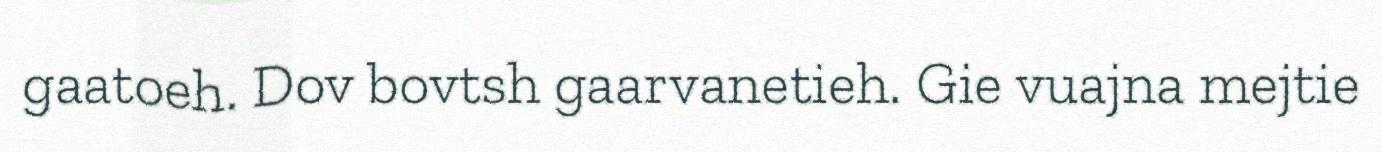
gaatoeh. Dov bovtsh gaarvanetieh. Gie vuajna mejtie